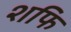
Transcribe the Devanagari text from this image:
शफि